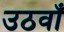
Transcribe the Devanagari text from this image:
उठवाँ